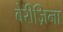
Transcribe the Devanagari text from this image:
बेरीज़िना